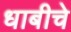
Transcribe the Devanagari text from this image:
धाबीचे